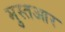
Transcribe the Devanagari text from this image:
मुस्तआर